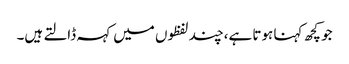
جو کچھ کہنا ہوتا ہے،چند لفظوں میں کہہ ڈالتے ہیں۔